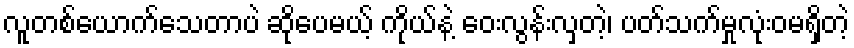
လူတစ်ယောက်သေတာပဲ ဆိုပေမယ့် ကိုယ်နဲ့ ဝေးလွန်းလှတဲ့၊ ပတ်သက်မှုလုံးဝမရှိတဲ့